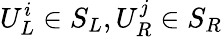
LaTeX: U_{L}^{i}\in S_{L},U_{R}^{j}\in S_{R}